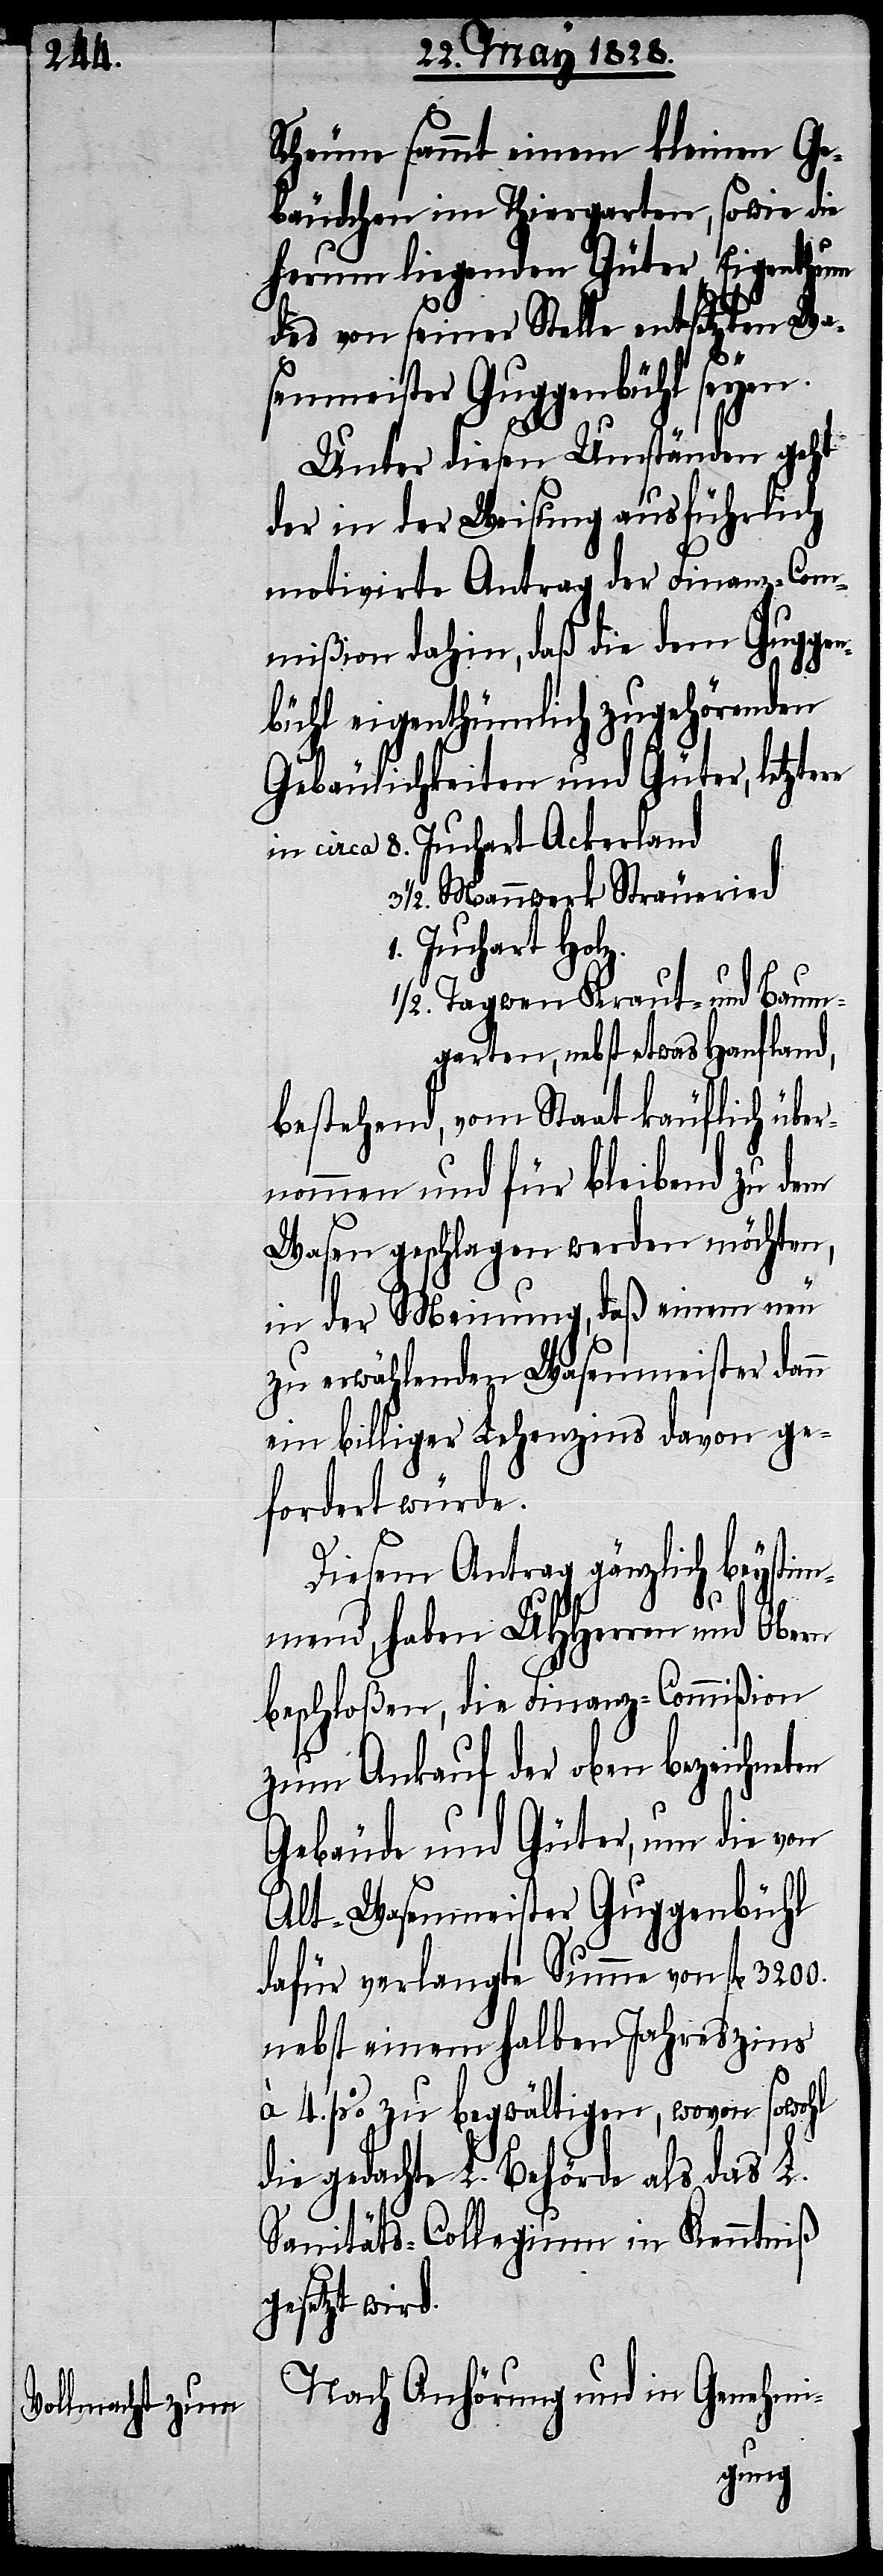
rein
Scheune sammt einem kleinen Ge¬
bäudchen im Thiergarten, so wie die
herum liegenden Güter Eigenthum
des von seiner Stelle entsetzten Wa¬
3200.
senmeister Guggenbühl seyen.
Unter diesen Umständen geht
der in der Weisung ausführlich
motivirte Antrag der Finanz-Com¬
mißion dahin, daß die dem Guggen¬
bühl eigenthümlich zugehörenden
Gebäulichkeiten und Güter, letzte¬
8. Juchart Ackerland
1/2. Mannwerk Sträueried.
1. Juchart Holz.
1/2. Tagwen Kraut- und Baum¬
garten, nebst etwas Hanfland,
bestehend, vom Staat käuflich über¬
nommen und für bleibend zu dem
Wasen geschlagen werden möchten,
in der Meinung, daß einem neu
zu erwählenden Wasenmeister dann
ein billiger Lehenzins davon ge¬
fordert würde.
Diesem Antrag gänzlich beystim¬
mend, haben UHHerren und Obern
beschloßen, die Finanz-Commißion
zum Ankauf der oben bezeichneten
Gebäude und Güter, um die von
Alt-Wasenmeister Guggenbühl
dafür verlangte Summe von fl.
nebst einem halben Jahreszins
à 4. % zu begwältigen, wovon sowohl
gedachte L. Behörde als das L.
Sanitäts-Collegium in Kenntniß
gesetzt wird.
Genehmi-
Nach Anhörung und in